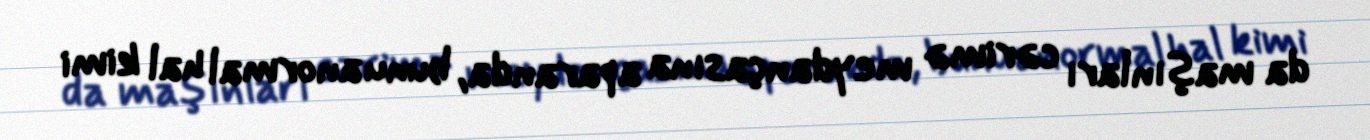
da maşınları cərimə meydançasına aparanda, bunu anormal hal kimi